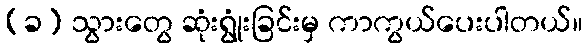
(ခ) သွားတွေ ဆုံးရွုံးခြင်းမှ ကာကွယ်ပေးပါတယ်။